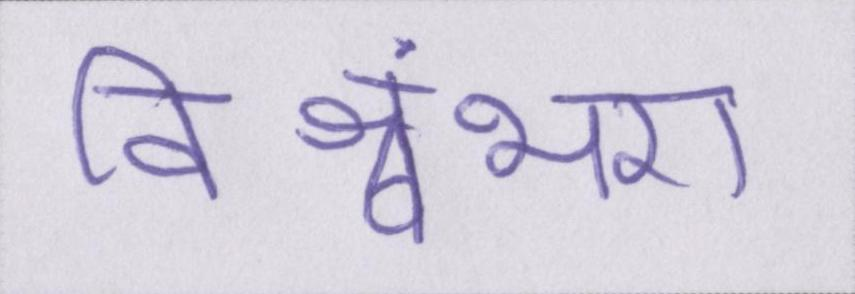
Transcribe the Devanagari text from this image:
विश्वंभरा